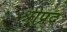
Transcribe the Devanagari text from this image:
श्रीप्रद